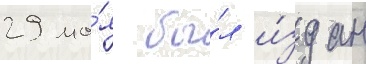
29 ма́я бы́л и́здан